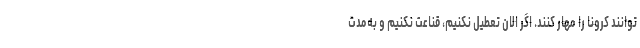
توانند کرونا را مهار کنند. اگر الان تعطیل نکنیم، قناعت نکنیم و به‌مدت